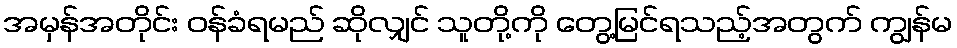
အမှန်အတိုင်း ဝန်ခံရမည် ဆိုလျှင် သူတို့ကို တွေ့မြင်ရသည့်အတွက် ကျွန်မ